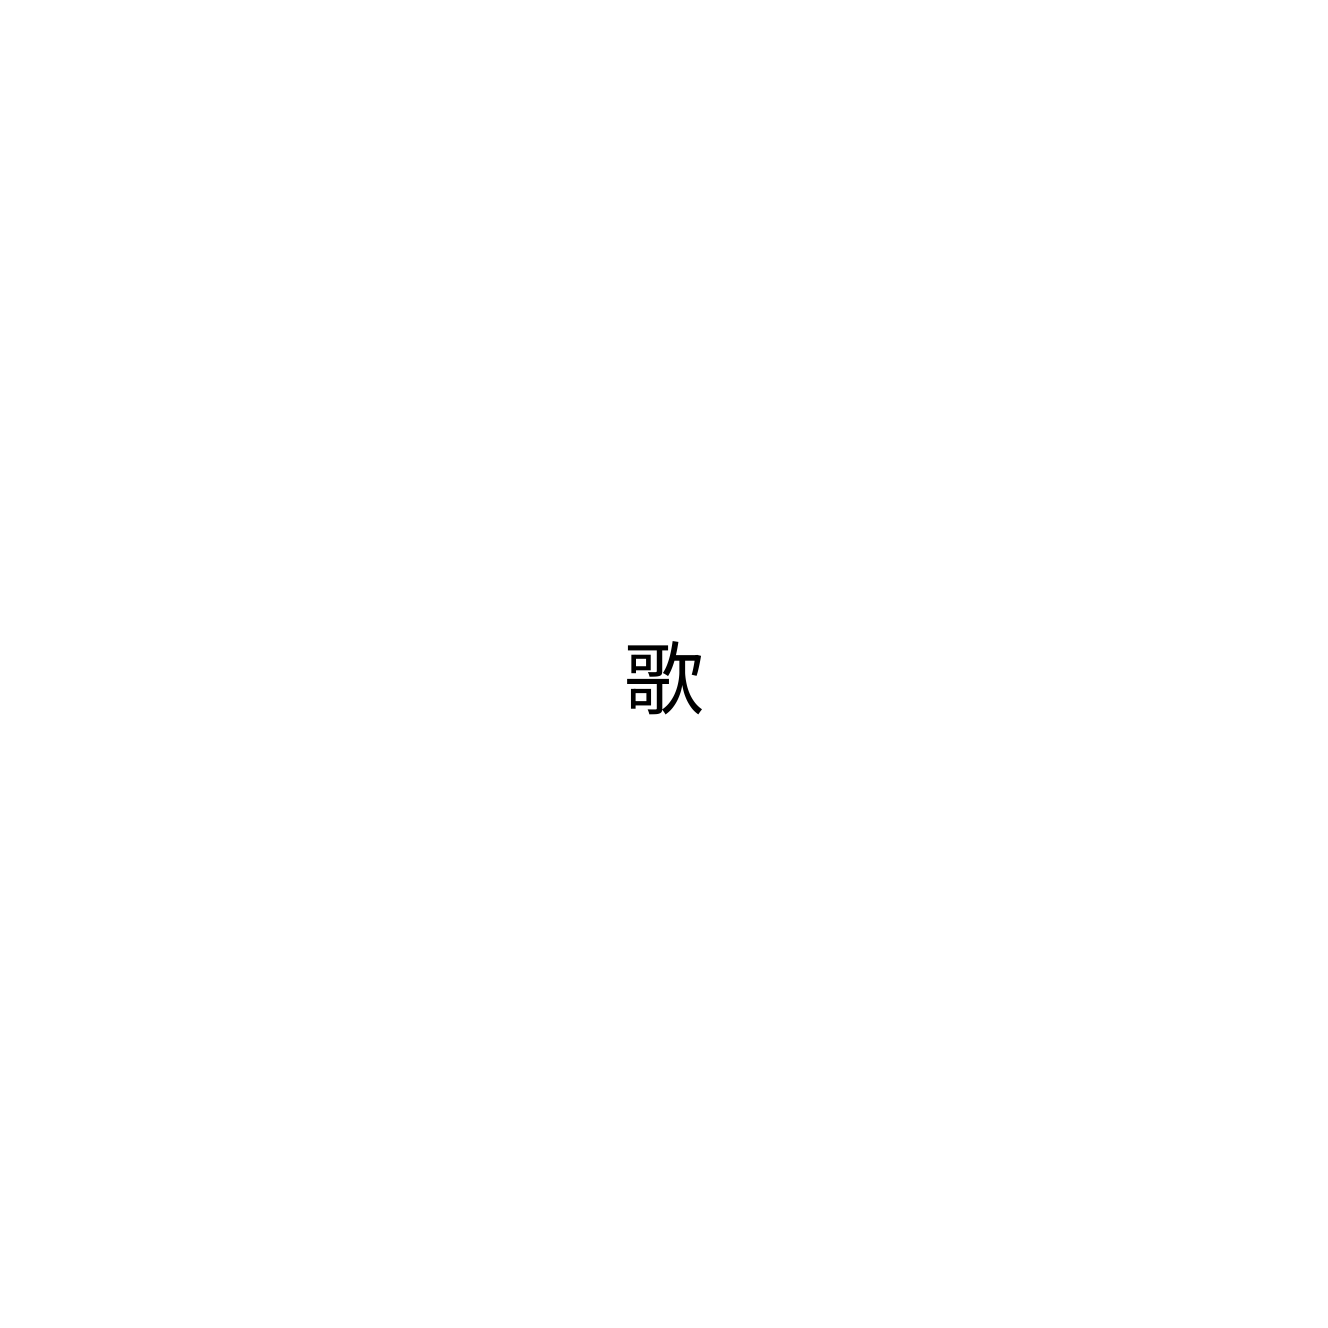
歌